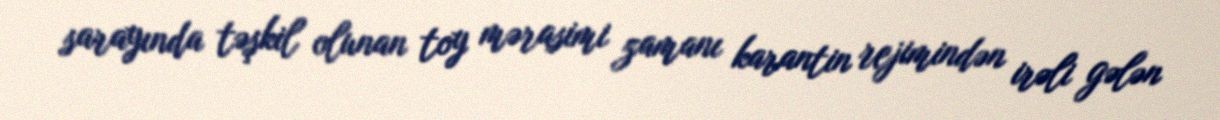
sarayında təşkil olunan toy mərasimi zamanı karantin rejimindən irəli gələn